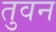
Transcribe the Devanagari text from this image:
तुवन